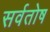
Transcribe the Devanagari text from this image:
सर्वतोष